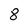
Character: 8